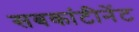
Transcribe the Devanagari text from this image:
सबकांटीनेंट